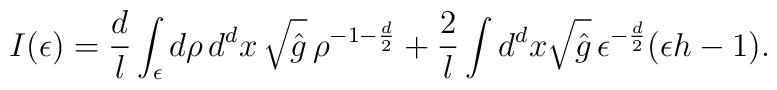
I(\epsilon) = \frac{d}l \int_\epsilon d\rho\, d^dx\, \sqrt{\hat g}\,   \rho^{-1-\frac{d}2}   +\frac2l \int d^dx \sqrt{\hat g}\, \epsilon^{-\frac{d}2} (\epsilon h -1).